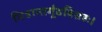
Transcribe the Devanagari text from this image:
मित्रान्तर्गूढविग्रहः।